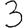
Digit: 3